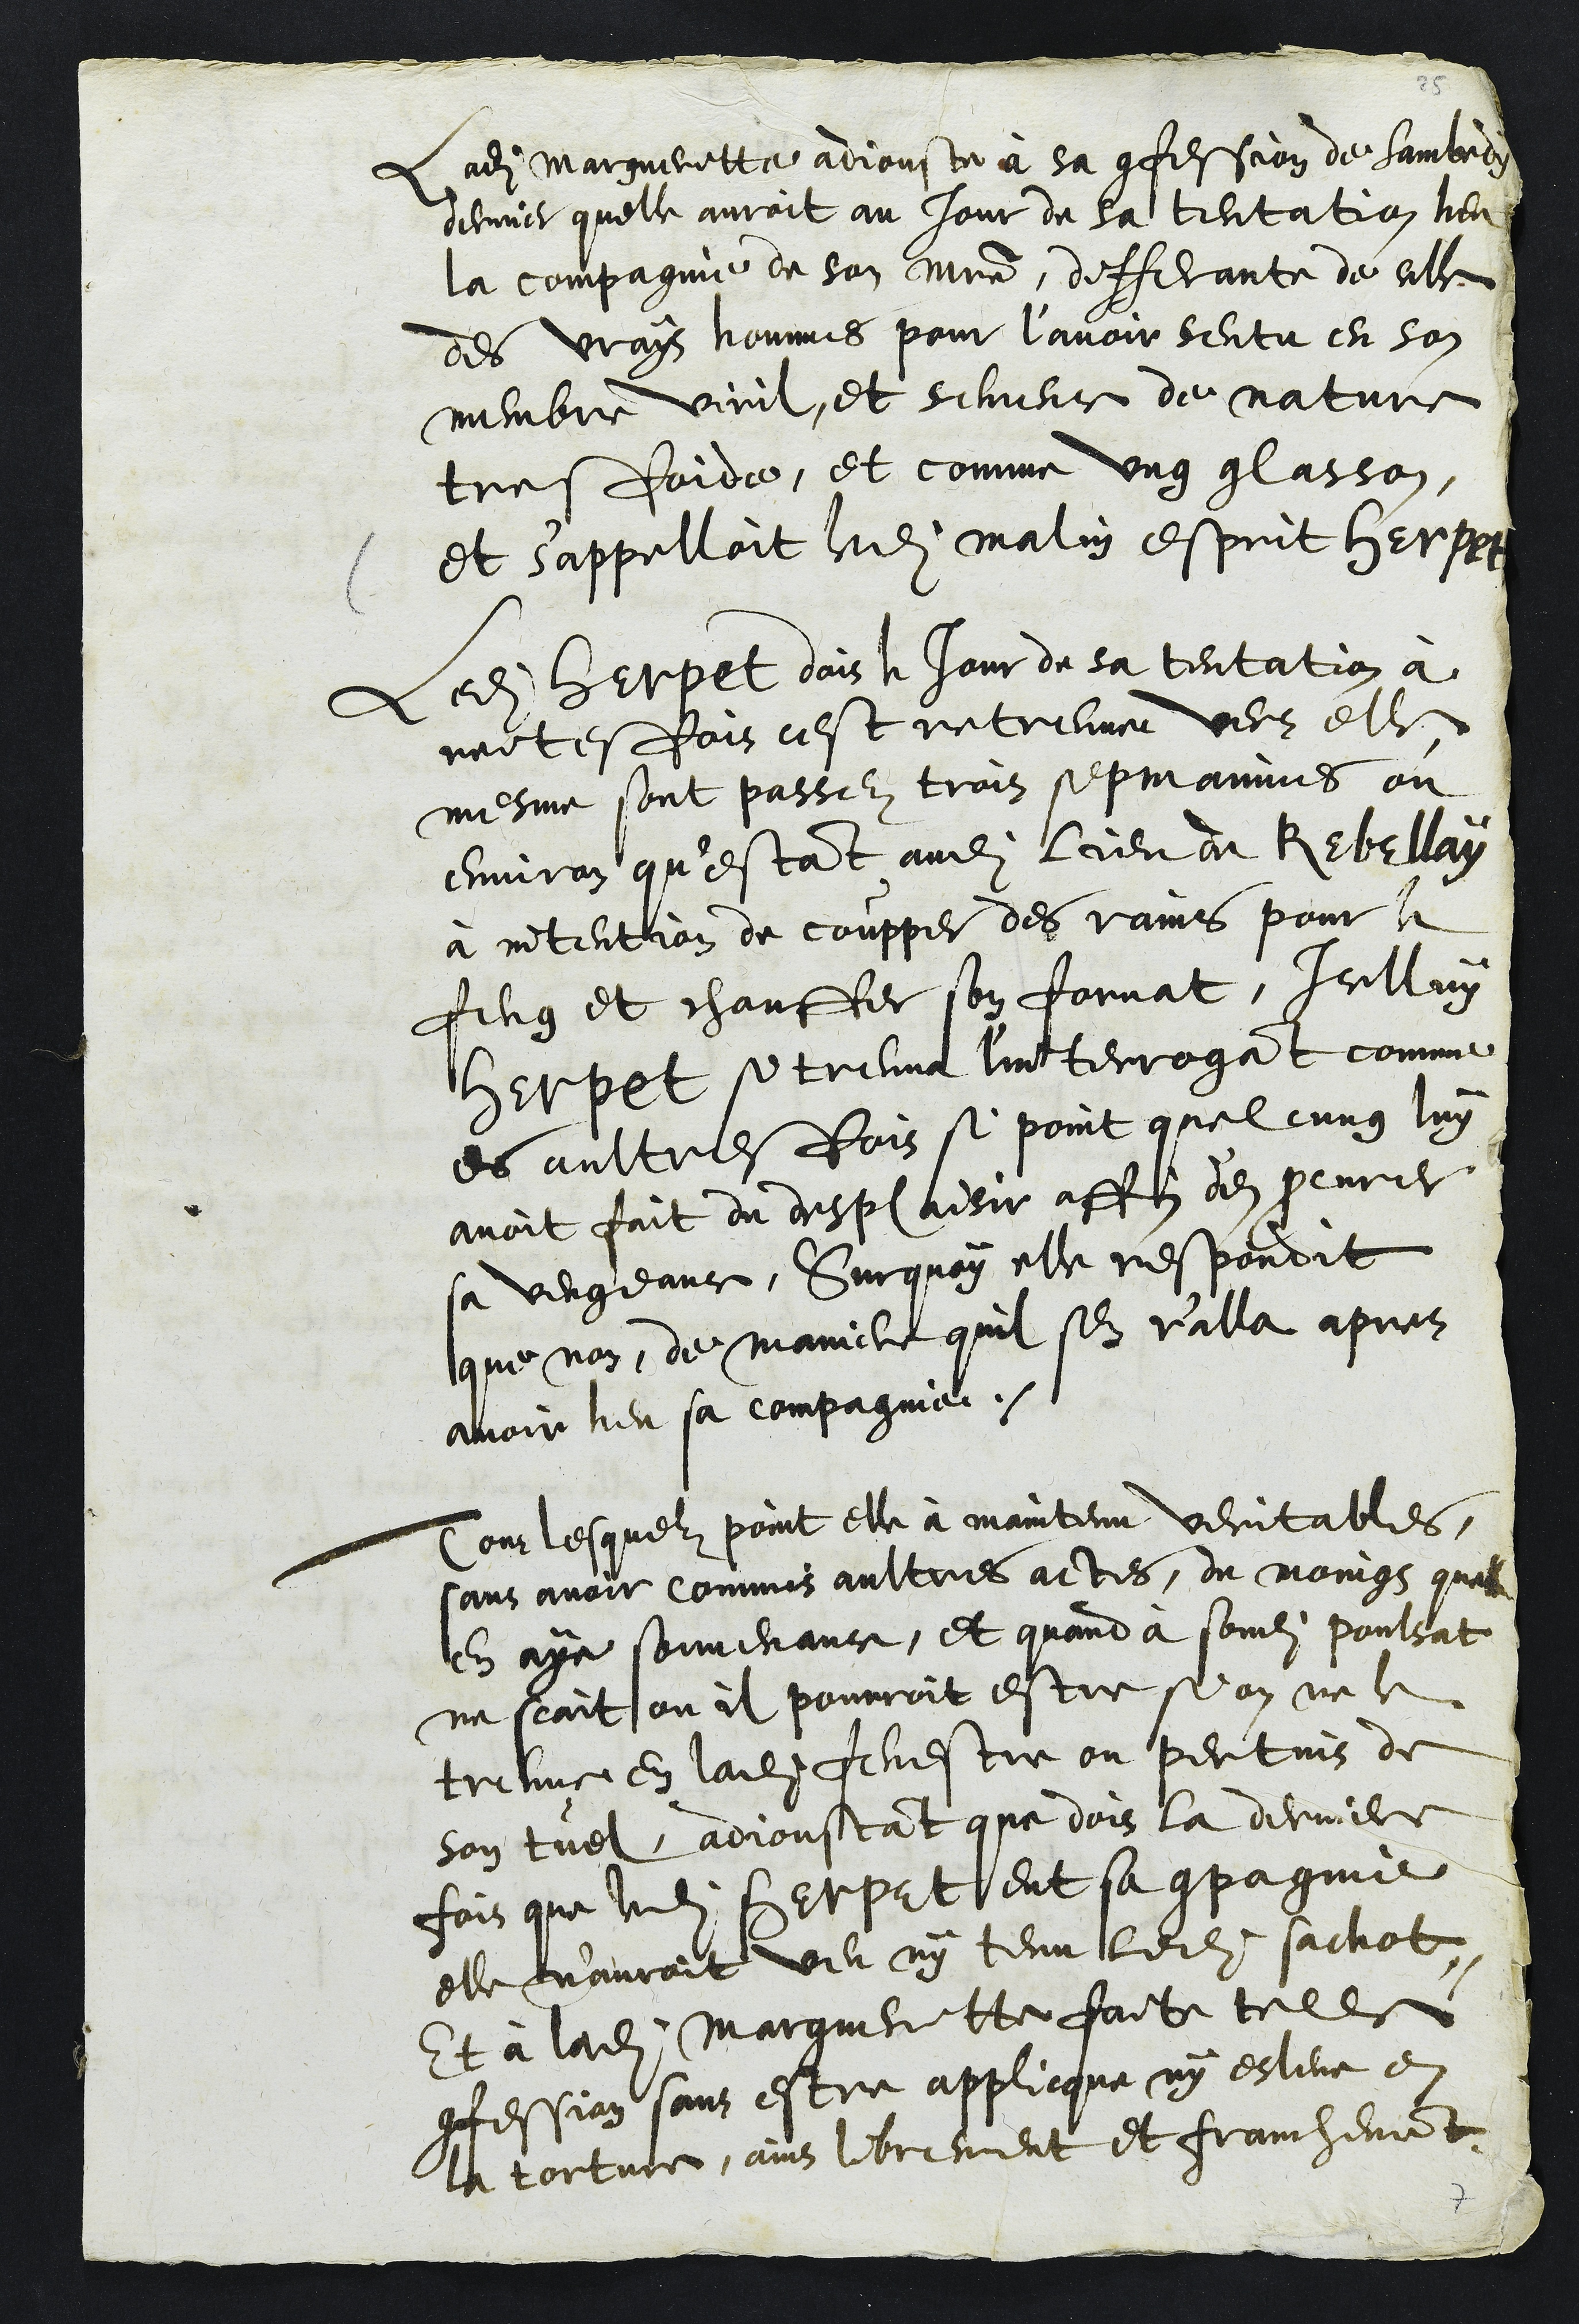
Ladite Margueritte adjouste à sa confession de Sambedy
dernier quelle auroit au jour de sa tentation heu
la compagnie de son maitre, differante de celle
des vrays hommes pour l’avoir sentu en son
membre virit, et semence de nature
tres froide, et comme ung glasson,
et s'appelloit ledit malin esprit Herpet
Ledit Herpet dais le Jour de sa tentation à
reites fois cest retreuve vers elle
mesme sont passez trois sepmaines ou
environ qu'estant audit lieu de Rebellay
à intention de coupper des rains pour le
feug et chauffer son fornat, Icelluy
Herpet se treuva l'interrogant comme
des aultres fois si point quelcung luy
avoit fait du desplaisir affin d'en procurer
sa vengeance, Surquoy elle respondit
que non, de maniere quil sen r'alla apres
avoir heu sa compagnie.
Touz lesquelz point elle à maintenu veritables,
sans avoir commis aultres actes, du moings quelle
en aye souvenance, et quand a sondit poulsat
ne scait ou il pourroit estre si on ne le
treuve en ladite fenestre ou pertuis de
son tuel adjoustant que dois la derniere
fois que ledit Herpet eut sa compagnie
elle n'auroit veu ny tenu ledit sachot
Et à ladite Margueritte faite telles
confession sans estre applicque ny esleve en
la torture, ains librement et franchement